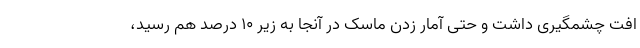
افت چشمگیری داشت و حتی آمار زدن ماسک در آنجا به زیر ۱۰ درصد هم رسید،